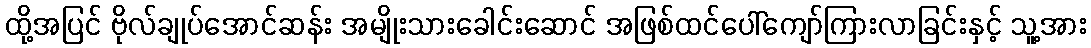
ထို့အပြင် ဗိုလ်ချုပ်အောင်ဆန်း အမျိုးသားခေါင်းဆောင် အဖြစ်ထင်ပေါ်ကျော်ကြားလာခြင်းနှင့် သူ့အား